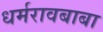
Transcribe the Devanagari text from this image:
धर्मरावबाबा